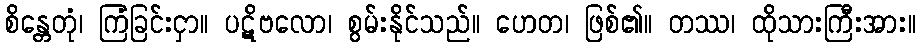
စိန္တေတုံ၊ ကြံခြင်းငှာ။ ပဋိဗလော၊ စွမ်းနိုင်သည်။ ဟေတ၊ ဖြစ်၏။ တဿ၊ ထိုသားကြီးအား။